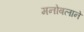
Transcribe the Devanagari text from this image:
मनोबलाने